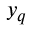
\scriptstyle y _ { q }